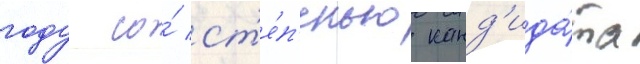
году со́ ст'е́п'енью канд'ида́та